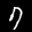
Label: 7